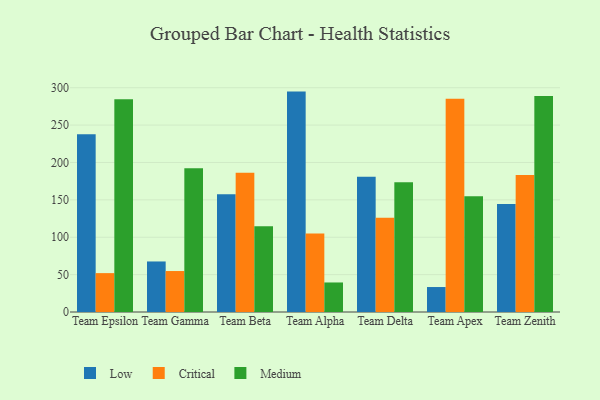
{"axis": {"x": "Team", "y": "LTV (USD)"}, "legend": ["Critical", "Low", "Medium"], "data": [{"x": "Team Epsilon", "y": 237.7, "type": "Low"}, {"x": "Team Epsilon", "y": 52.0, "type": "Critical"}, {"x": "Team Epsilon", "y": 284.7, "type": "Medium"}, {"x": "Team Gamma", "y": 67.6, "type": "Low"}, {"x": "Team Gamma", "y": 54.8, "type": "Critical"}, {"x": "Team Gamma", "y": 192.3, "type": "Medium"}, {"x": "Team Beta", "y": 157.5, "type": "Low"}, {"x": "Team Beta", "y": 186.2, "type": "Critical"}, {"x": "Team Beta", "y": 114.8, "type": "Medium"}, {"x": "Team Alpha", "y": 294.8, "type": "Low"}, {"x": "Team Alpha", "y": 105.0, "type": "Critical"}, {"x": "Team Alpha", "y": 39.5, "type": "Medium"}, {"x": "Team Delta", "y": 180.8, "type": "Low"}, {"x": "Team Delta", "y": 126.2, "type": "Critical"}, {"x": "Team Delta", "y": 173.7, "type": "Medium"}, {"x": "Team Apex", "y": 33.4, "type": "Low"}, {"x": "Team Apex", "y": 285.3, "type": "Critical"}, {"x": "Team Apex", "y": 154.9, "type": "Medium"}, {"x": "Team Zenith", "y": 144.3, "type": "Low"}, {"x": "Team Zenith", "y": 183.1, "type": "Critical"}, {"x": "Team Zenith", "y": 288.8, "type": "Medium"}]}